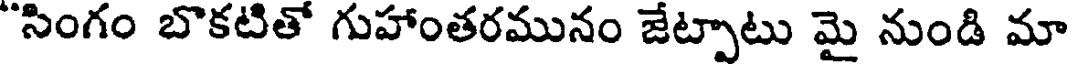
"సింగం బొకటితో గుహాంతరమునం జేట్పాటు మై నుండి మా